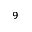
_ 9